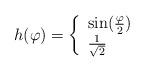
LaTeX: \begin{align*}h(\varphi) = \left\{\begin{array}{ll}\sin(\frac{\varphi}{2}) & \\\frac{1}{\sqrt{2}} & \end{array}\right.\end{align*}